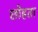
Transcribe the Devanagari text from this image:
छोहता